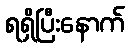
ရရှိပြီးနောက်